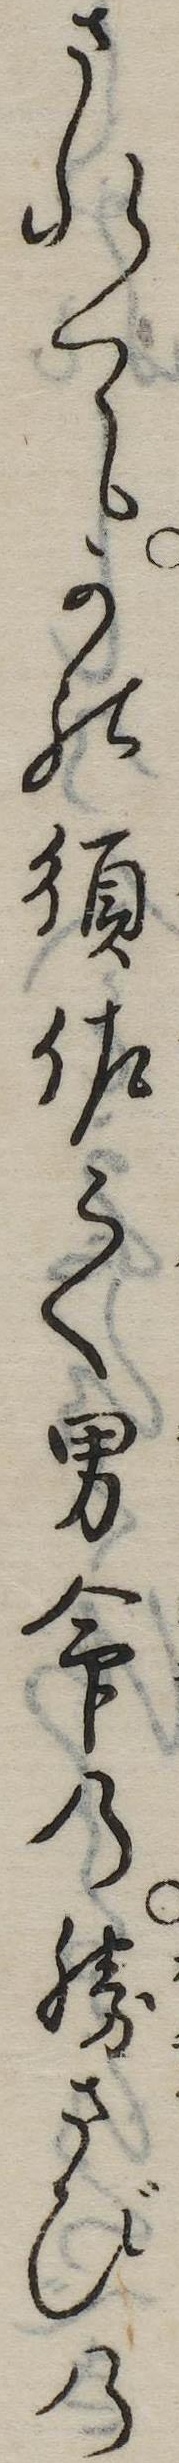
されてかの須佐之男命の勝さびの